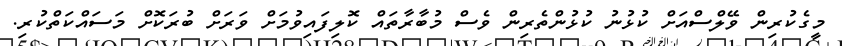
މީގެކުރިން ވޭލްސްއަށް ކުޅުނު ކުޅުންތެރިން ވެސް މުބާރާތައް ކޮލިފައިވުމަށް ވަރަށް ބުރަކޮށް މަސައްކަތްކުރި.